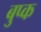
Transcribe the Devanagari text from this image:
बुप्क